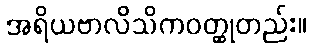
အရိယဗာလိသိကဝတ္ထုတည်း။